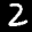
Label: 2